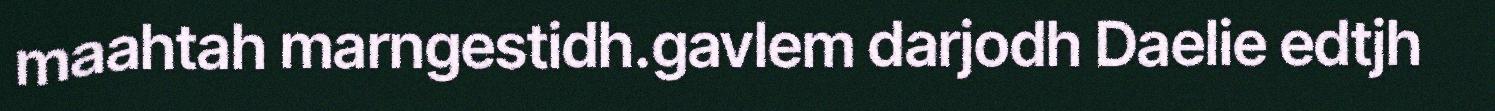
maahtah marngestidh.gavlem darjodh Daelie edtjh